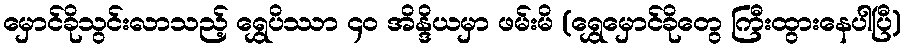
မှောင်ခိုသွင်းလာသည့် ရွှေပိဿာ ၄၀ အိန္ဒိယမှာ ဖမ်းမိ (ရွှေမှောင်ခိုတွေ ကြီးထွားနေပါပြီ)